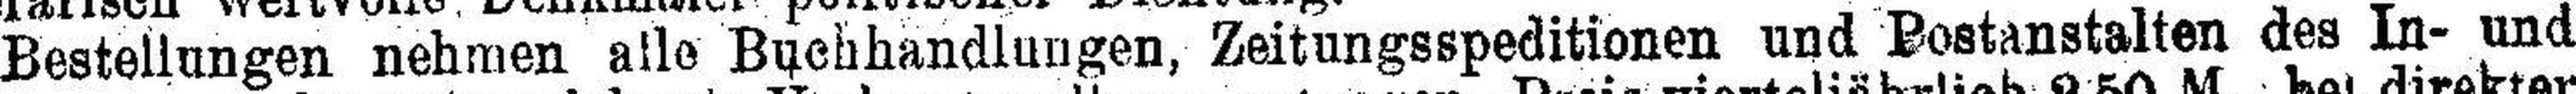
Bestellungen nehmen alle Buchhandlungen, Zeitungsspeditionen und Postanstalten des In- und